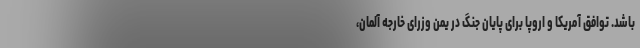
باشد. توافق آمریکا و اروپا برای پایان جنگ در یمن وزرای خارجه آلمان،